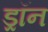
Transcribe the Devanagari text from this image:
ड्रॉन